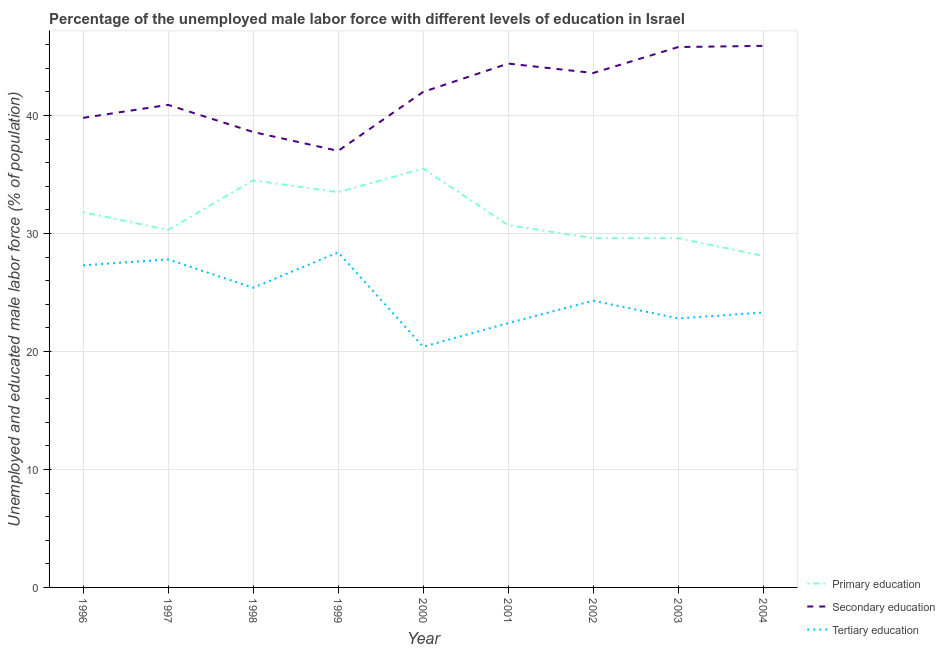
| Year | Primary education | Secondary education | Tertiary education |
 | --- | --- | --- | --- |
 | 1996 | 31.8 | 39.8 | 27.3 |
 | 1997 | 30.3 | 40.9 | 27.8 |
 | 1998 | 34.5 | 38.6 | 25.4 |
 | 1999 | 33.5 | 37 | 28.4 |
 | 2000 | 35.5 | 42 | 20.4 |
 | 2001 | 30.7 | 44.4 | 22.4 |
 | 2002 | 29.6 | 43.6 | 24.3 |
 | 2003 | 29.6 | 45.8 | 22.8 |
 | 2004 | 28.1 | 45.9 | 23.3 |